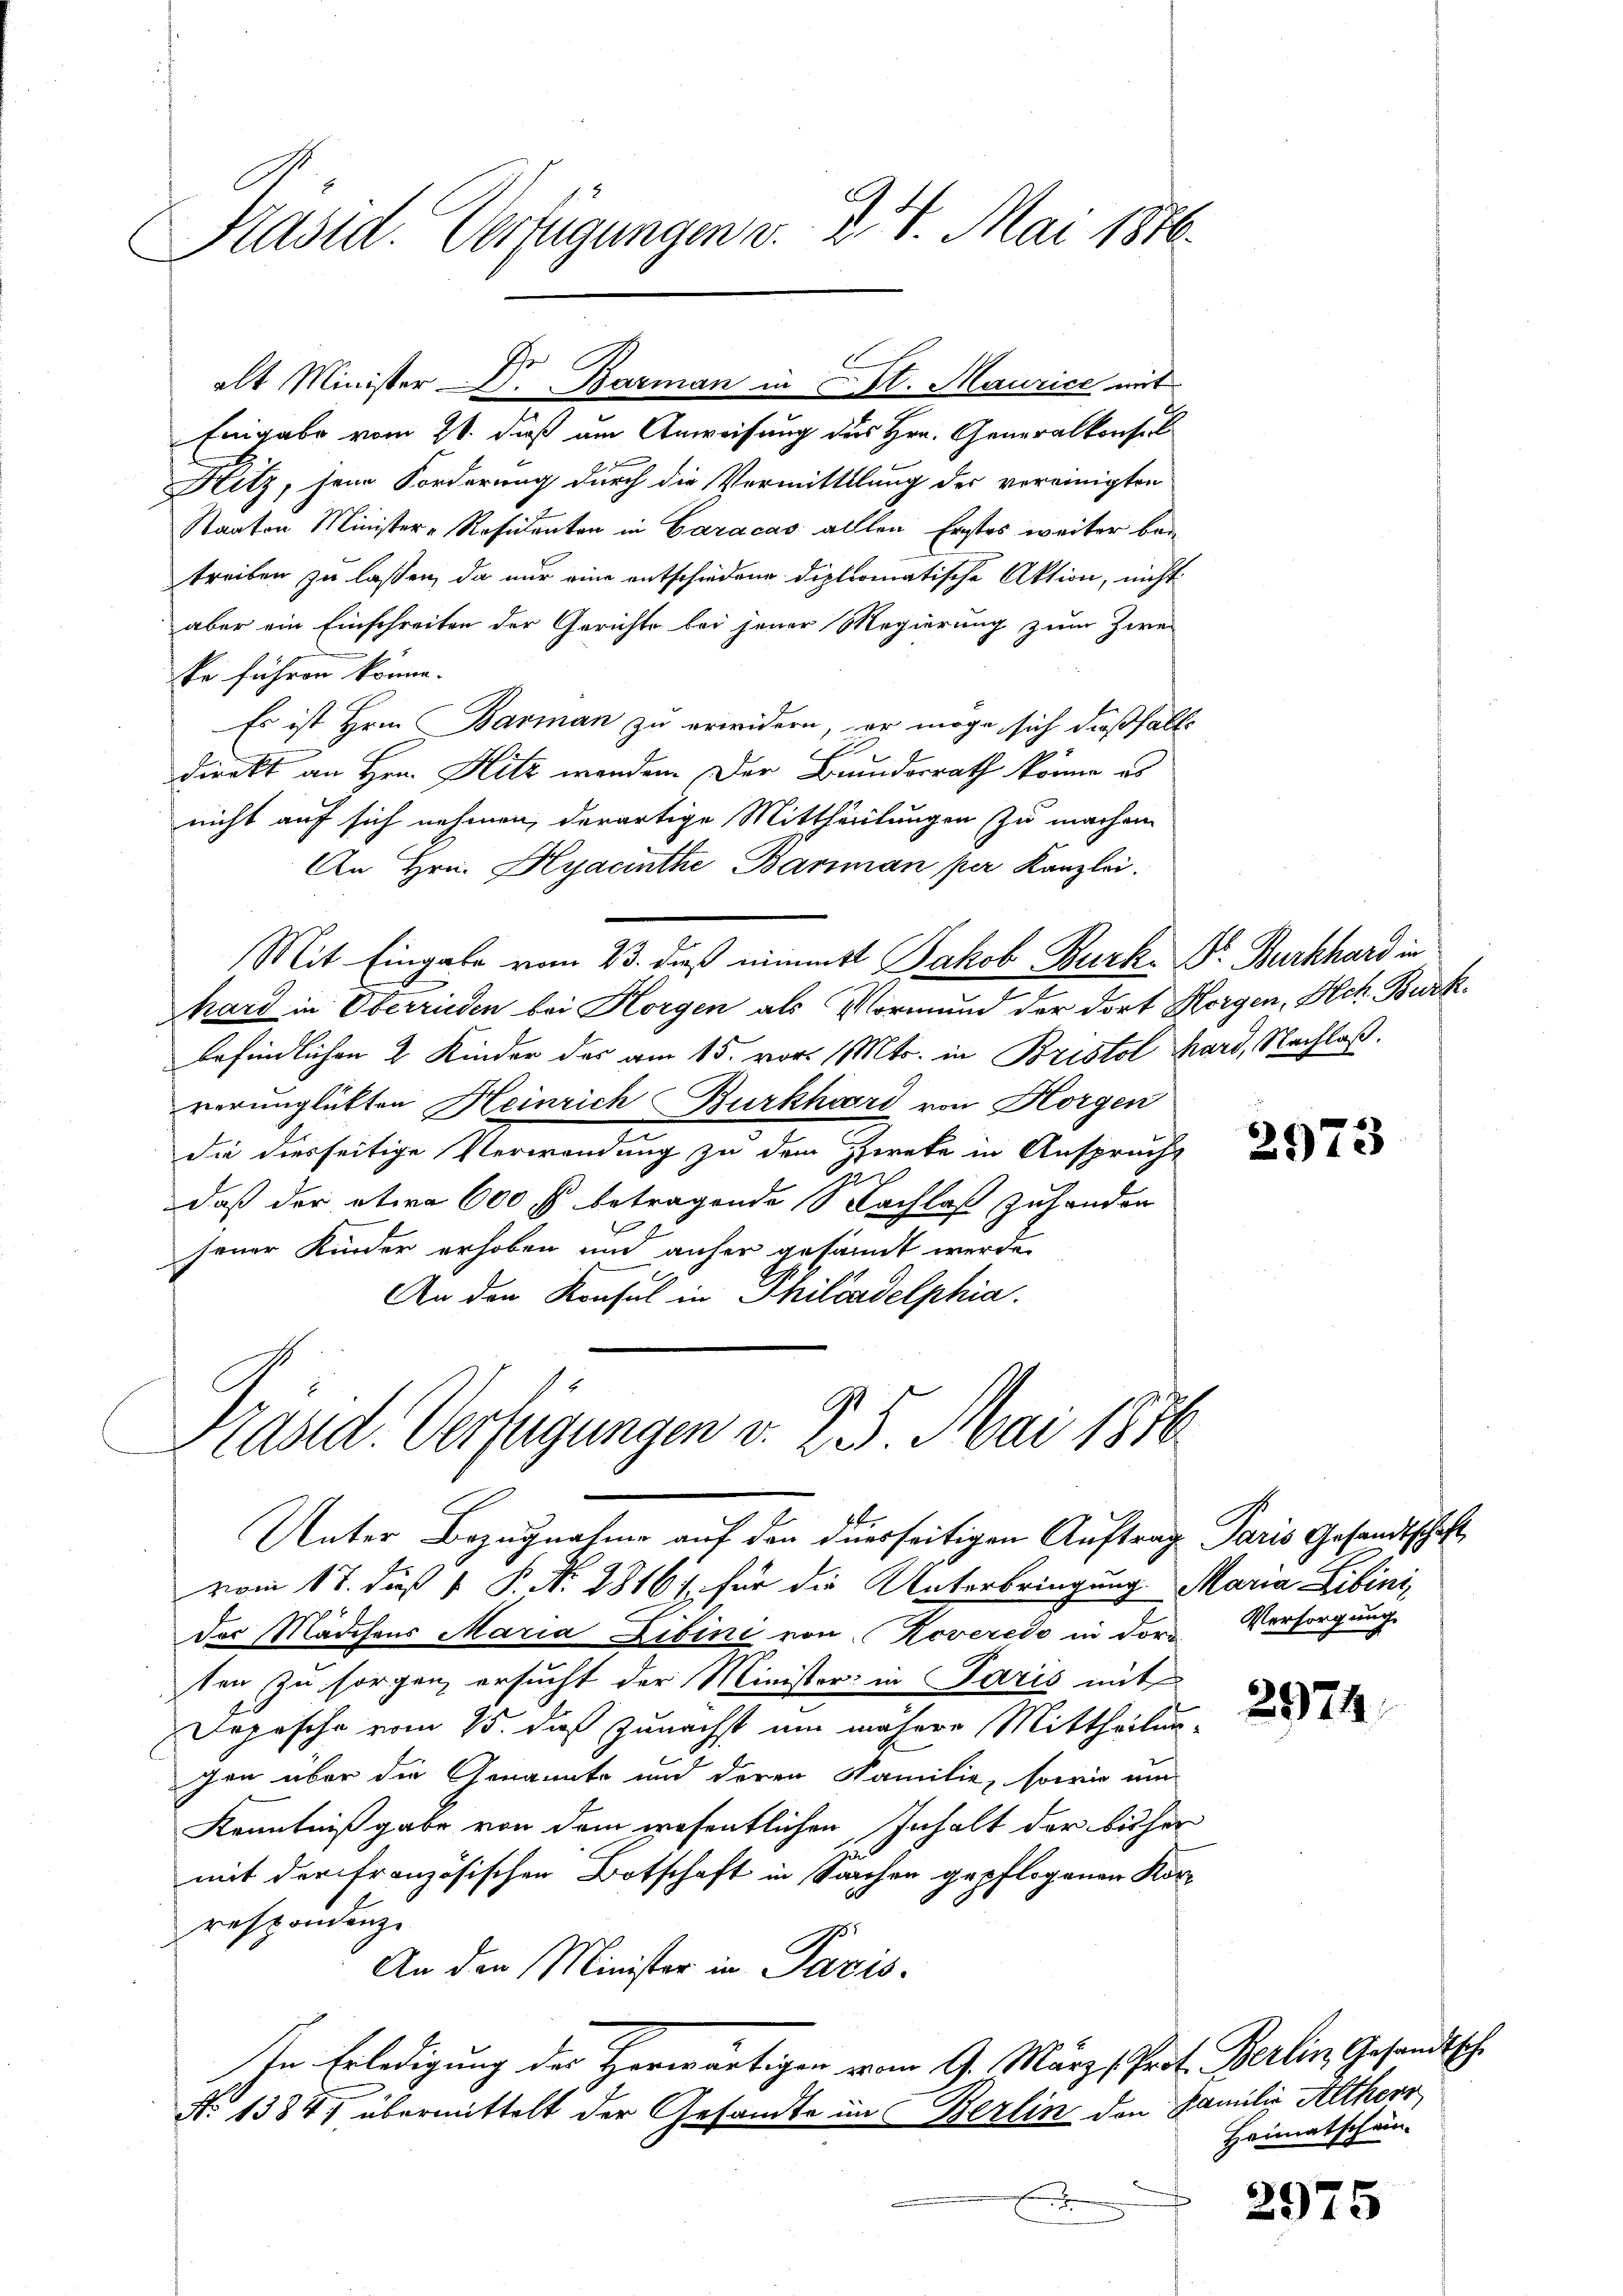
Präsid. Verfügungen v. 24. Mai 1816.

Kitz, jene Forderung durch die Vermittlung der vereinigten
Staaten Minister-Residenten in Caracas allen Erstes weiter bei
treiben zu laßen, da nur eine entschiedene diplomatische Aktion, nicht
aber ein Einschreiten der Gerichte bei jener Regierung zum Zwei
ke führen könne.
Es ist Hrn. Barman zu erwidern, er möge, sich dießfalls
direkt an Hrn. Hitz werden. Der Bundesrath könne es
nicht auf sich nehmen, derartige Mittheilungen zu machen
An Hrn. Hyacinthe Barman per Kanzlei.
Mit Eingabe vom 23. daß nimmst Jakob Burk- Dr. Burkhard in
hard in Oberrieden bei Horgen als Vormund der dort Horgen, Hch. Burk
befindlichen 2 Kinder des am 15. vor. Mts. in Bristol hard, Nachlaß.
verunglükten Heinrich Burkhard von Horgen
die diesseitige Verwendung zu dem Zereke in Anspruche
2
daß der etwa 600 fl betragende Nachlaß zu handen
.
jener Kinder erhoben und anher gesandt werde.
An den Konsul in Philadelphia

Präsid. Verfügungen v. 25. Mai 1870
Unter Bezugnahme auf den diesseitigen Auftrag Paris Gesandtschaft

alt Minister Dr. Barman in St. Maurice mit
Eingabe vom 21. daß am Anweisung des Hrn. Generalkonsuls

vom 17. dieß P. Nr. 1816. für die Unterbringung Maria Libini
des Mädchens Maria Libini von Roveredo in der Vorsorgung
ten zu sorgen ersucht der Minister in Paris mit
Dopische vom 15. daß zunächst um nähere Mittheilungen über die Genannte und deren Familie, sowie um
Kenntniß gabe von dem wesentlichen Inhalt der bisher
mit der Französischen Botschaft in Sachen gepflogenen Korrespondenze
An den Minister in Paris.
In Erledigung der Herwärtigen vom 9. März Prof. Berlin Gesandtsch
No 1384, übermittelt der Gesandte im Berlin den Familie Altherr

.

2973

2974

Heimatschän-

2975